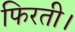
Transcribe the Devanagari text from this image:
फिरती।